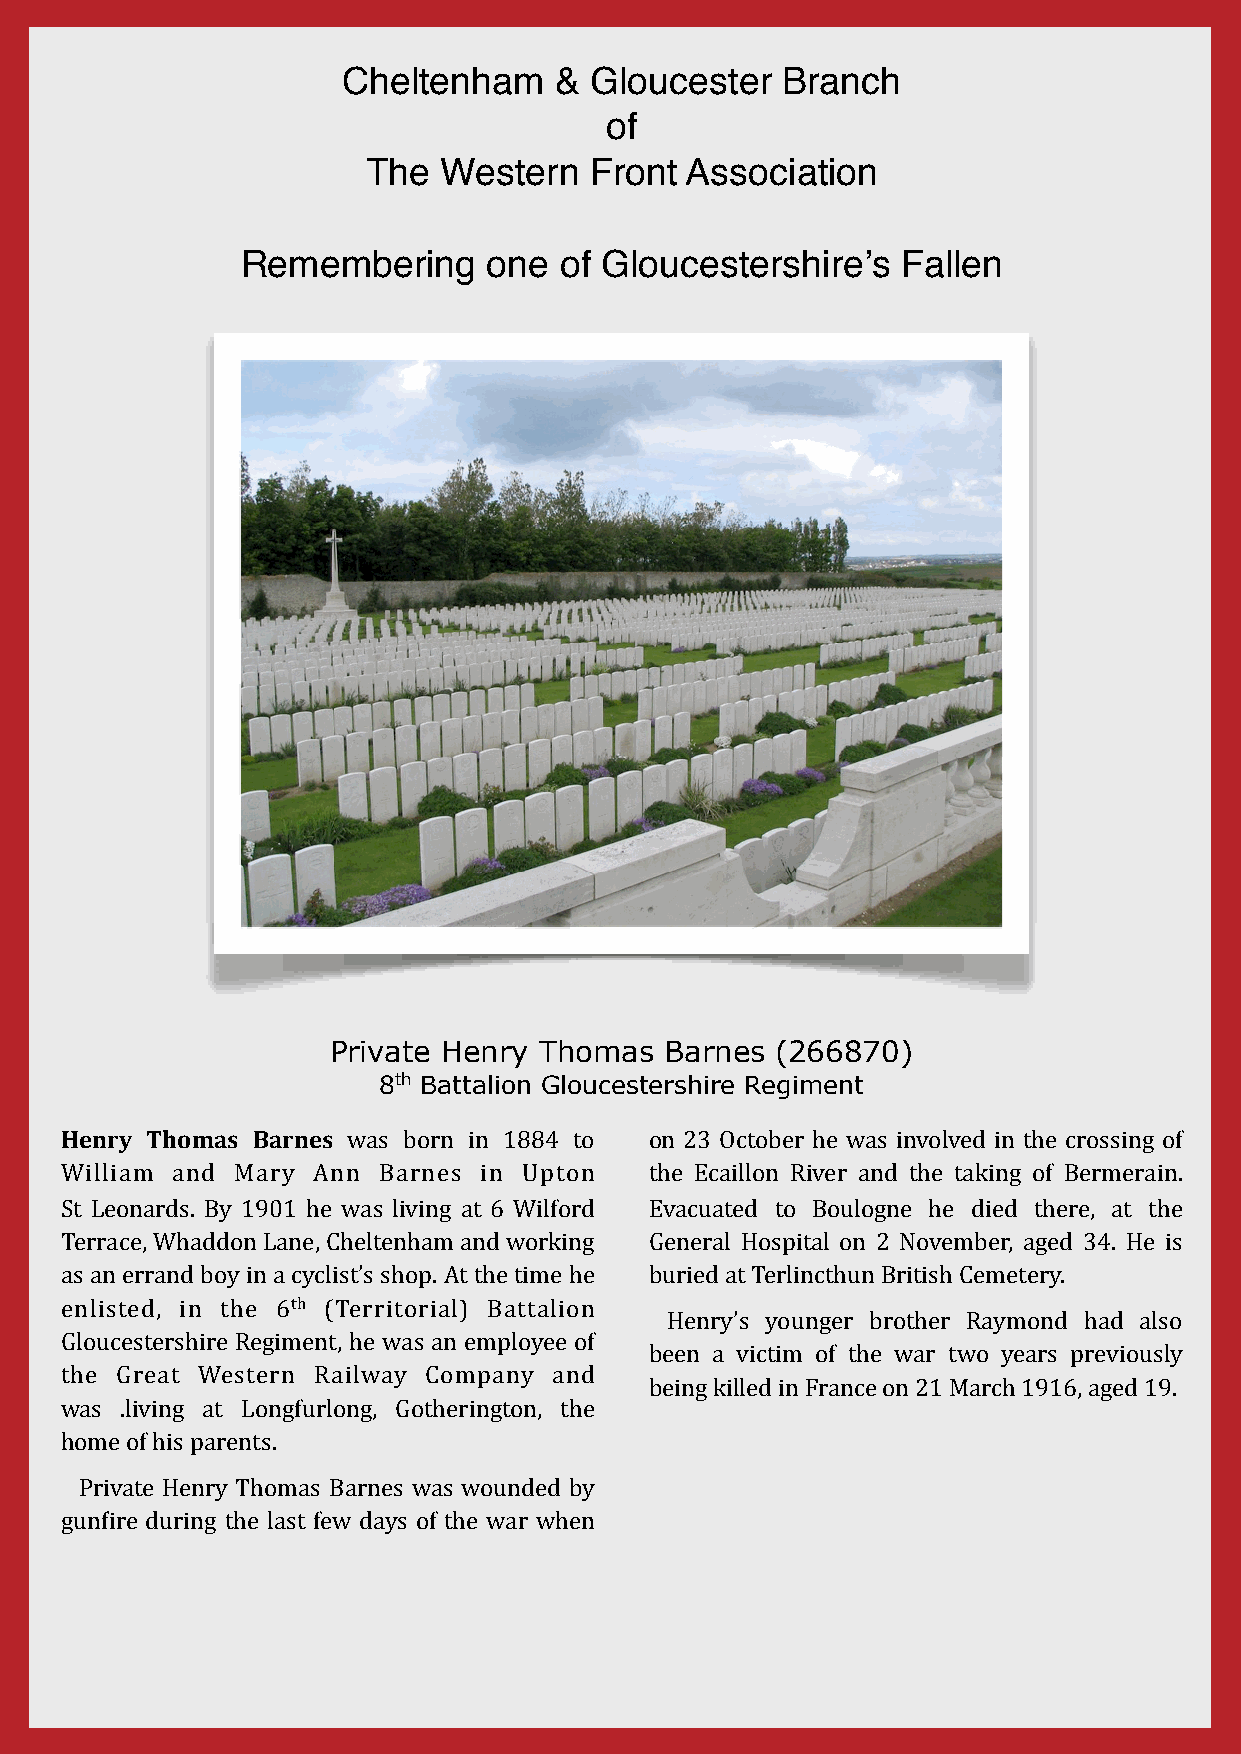
Cheltenham    & Gloucester   Branch
 of
 The  Western   Front Association
 Remembering     one  of Gloucestershire’s   Fallen
 Private Henry Thomas  Barnes (266870)
 8th Battalion Gloucestershire Regiment
 Henry Thomas Barnes was born in 1884 to on 23 October he was involved in the crossing of
 William and Mary Ann Barnes in Upton   the Ecaillon River and the taking of Bermerain.
 St Leonards. By 1901 he was living at 6 Wilford Evacuated to Boulogne he died there, at the
 Terrace, Whaddon Lane, Cheltenham and working General Hospital on 2 November, aged 34. He is
 as an errand boy in a cyclist’s shop. At the time he buried at Terlincthun British Cemetery.
 enlisted, in the 6th (Territorial) Battalion
 Henry’s younger brother Raymond had also
 Gloucestershire Regiment, he was an employee of
 been a victim of the war two years previously
 the Great Western Railway Company and
 being killed in France on 21 March 1916, aged 19.
 was .living at Longfurlong, Gotherington, the
 home of his parents.
 Private Henry Thomas Barnes was wounded by
 gun^ire during the last few days of the war when